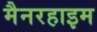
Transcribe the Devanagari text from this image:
मैनरहाइम